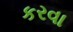
કરવા